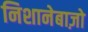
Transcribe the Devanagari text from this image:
निशानेबाज़ो